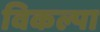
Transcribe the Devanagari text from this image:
विकल्पा